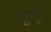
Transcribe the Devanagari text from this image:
लूटे।